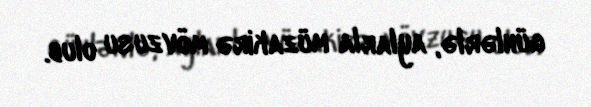
günlərlə, aylarla müzakirə mövzusu olub.